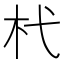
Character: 杙